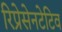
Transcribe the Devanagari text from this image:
रिप्रेसेनटेटिव